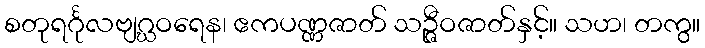
စတုရင်္ဂုလဗျဂ္ဃဝရေန၊ ဧကပဏ္ဏဇာတ် သဉ္ဇီဝဇာတ်နှင့်။ သဟ၊ တကွ။